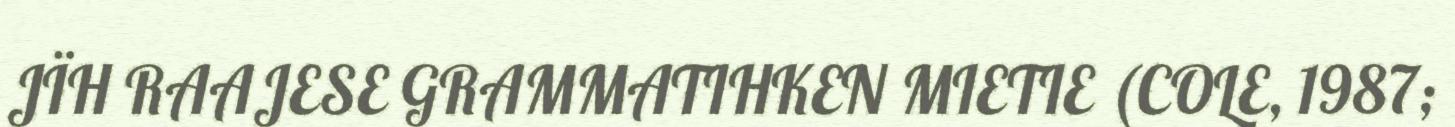
JÏH RAAJESE GRAMMATIHKEN MIETIE (COLE, 1987;